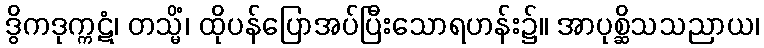
ဒွိကဒုက္ကဋံ၊ တသ္မိံ၊ ထိုပန်ပြောအပ်ပြီးသောရဟန်း၌။ အာပုစ္ဆိသသညာယ၊